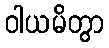
ဝါယမိတွာ